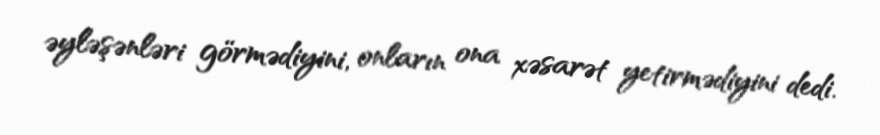
əyləşənləri görmədiyini, onların ona xəsarət yetirmədiyini dedi.